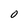
Character: 0